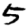
Digit: 5